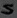
Text: S